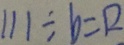
1 1 1 \div b = 1 2